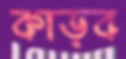
কাড়ব